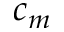
c _ { m }